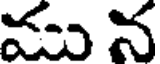
ము న